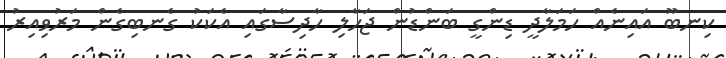
ކިނބޫ އައިނެއް ހަމަލާދީ ޑިންގީ ބަންޑުން ޖަހާލި ހާދިސާގައި އެކަކު ގެނބިގެން މަރުވިއިރު